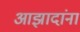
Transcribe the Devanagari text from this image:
आझादांना